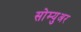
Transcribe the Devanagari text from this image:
सोम्युअर